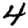
Digit: 4